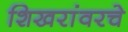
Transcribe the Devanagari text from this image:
शिखरांवरचे